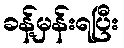
ခန့်မှန်းရပြီး